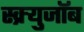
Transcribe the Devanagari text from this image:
स्क्र्युजॉब